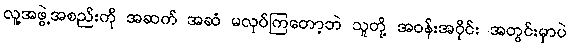
လူ့အဖွဲ့အစည်းကို အဆက် အဆံ မလုပ်ကြတော့ဘဲ သူတို့ အဝန်းအဝိုင်း အတွင်းမှာပဲ